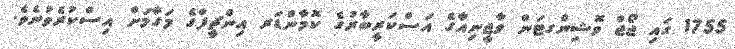
1755 ގައި ޖޯޖް ވޮޝިންގޓަން ވާޖީނިއާގެ އަސްކަރީބާރުގެ ކޮމާންޑަރ އިންޗީފްގެ މަގާމަށް އިސްކުރެވުނެވެ.